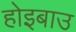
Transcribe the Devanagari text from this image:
होइबाउ